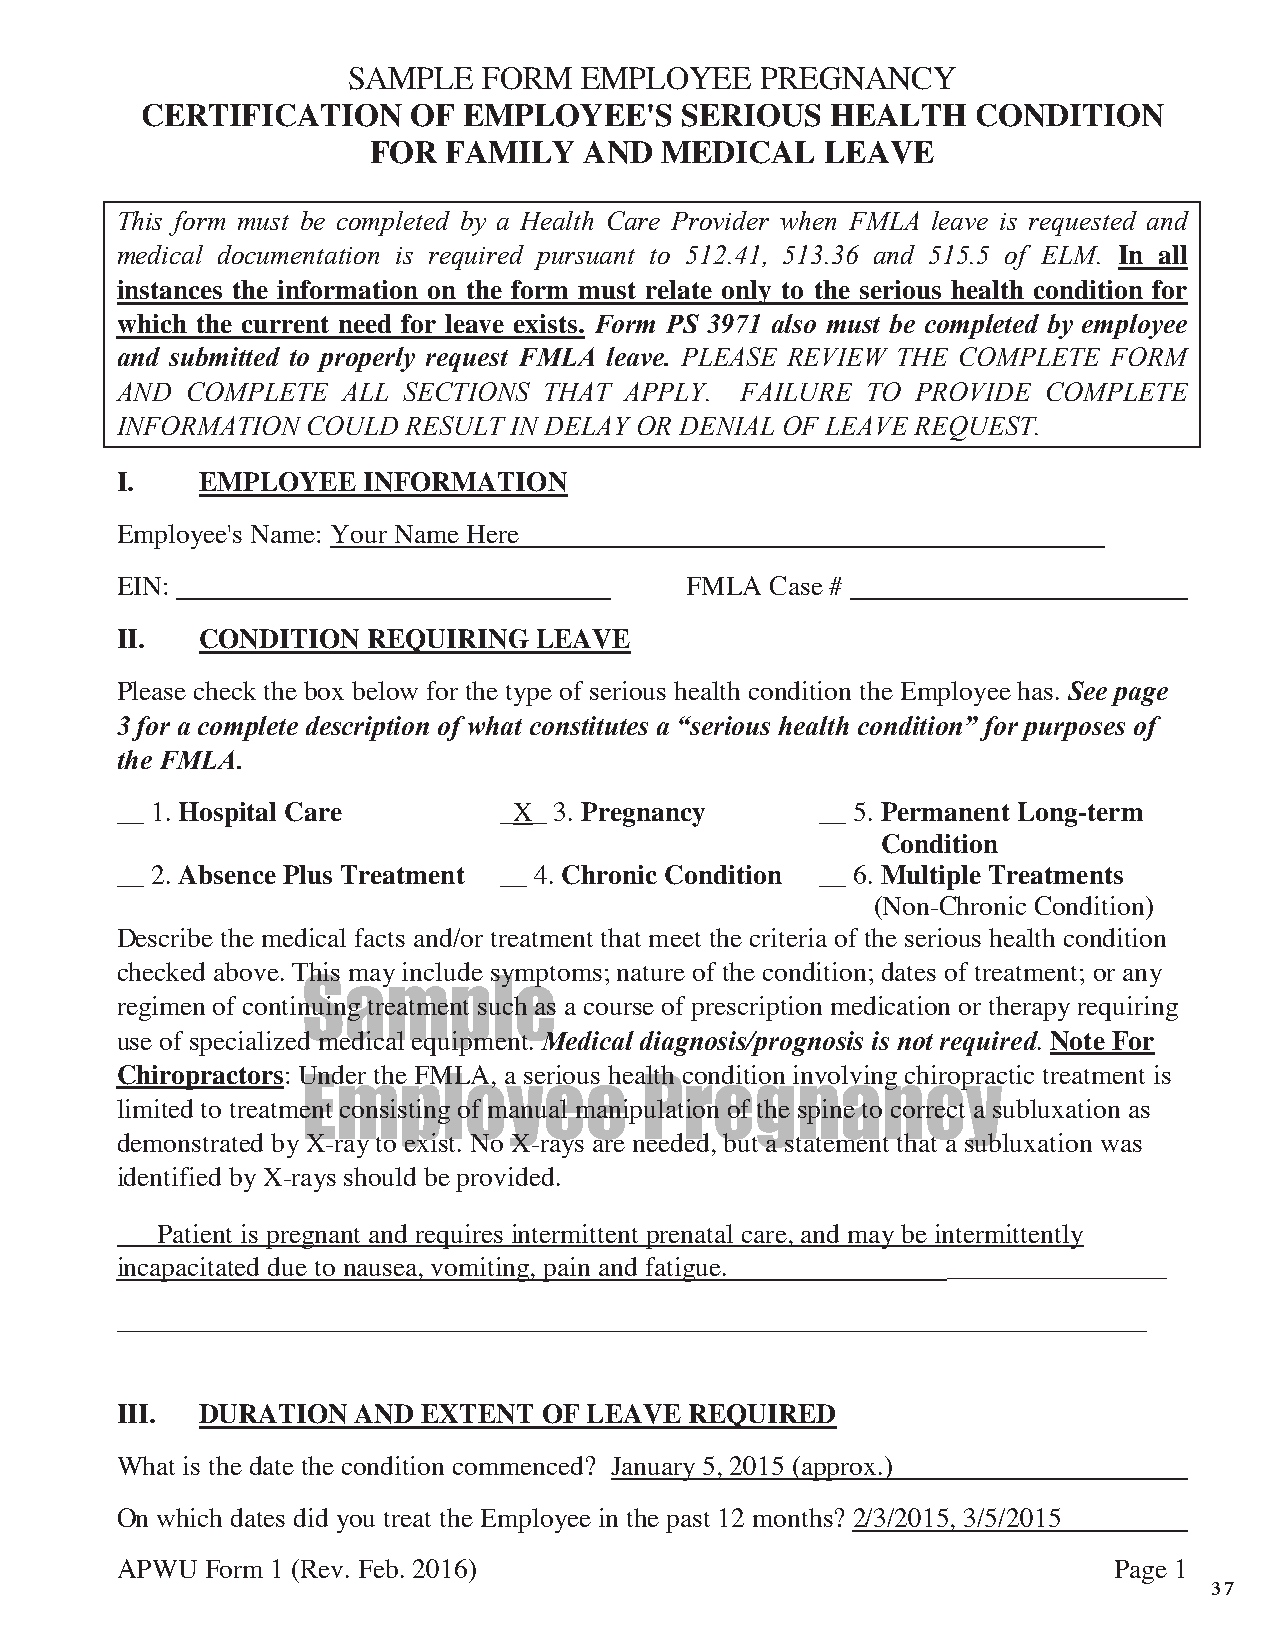
SAMPLE   FORM  EMPLOYEE    PREGNANCY
 CERTIFICATION     OF  EMPLOYEE'S    SERIOUS   HEALTH    CONDITION
 FOR  FAMILY   AND  MEDICAL    LEAVE
 This form must be completed by a Health Care Provider when FMLA leave is requested and
 medical documentation is required pursuant to 512.41, 513.36 and 515.5 of ELM. In all
 instances the information on the form must relate only to the serious health condition for
 which the current need for leave exists. Form PS 3971 also must be completed by employee
 and submitted to properly request FMLA leave. PLEASE REVIEW THE COMPLETE FORM
 AND COMPLETE   ALL SECTIONS THAT APPLY.  FAILURE TO  PROVIDE COMPLETE
 INFORMATION COULD  RESULT IN DELAY OR DENIAL OF LEAVE REQUEST.
 I.   EMPLOYEE   INFORMATION
 Employee's Name: Your Name Here
 EIN:                                 FMLA  Case #
 II.  CONDITION  REQUIRING  LEAVE
 Please check the box below for the type of serious health condition the Employee has. See page
 3 for a complete description of what constitutes a “serious health condition” for purposes of
 the FMLA.
 __ 1. Hospital Care      _X_ 3. Pregnancy     __ 5. Permanent Long-term
 Condition
 __ 2. Absence Plus Treatment __ 4. Chronic Condition __ 6. Multiple Treatments
 (Non-Chronic Condition)
 Describe the medical facts and/or treatment that meet the criteria of the serious health condition
 checked above. This may include symptoms; nature of the condition; dates of treatment; or any
 Sample
 regimen of continuing treatment such as a course of prescription medication or therapy requiring
 use of specialized medical equipment. Medical diagnosis/prognosis is not required. Note For
 Chiropractors: Under the FMLA, a serious health condition involving chiropractic treatment is
 Employee               Pregnancy
 limited to treatment consisting of manual manipulation of the spine to correct a subluxation as
 demonstrated by X-ray to exist. No X-rays are needed, but a statement that a subluxation was
 identified by X-rays should be provided.
 ___Patient is pregnant and requires intermittent prenatal care, and may be intermittently
 incapacitated due to nausea, vomiting, pain and fatigue. ________________
 ___________________________________________________________________________
 III. DURATION   AND EXTENT  OF LEAVE  REQUIRED
 What is the date the condition commenced? January 5, 2015 (approx.)
 On which dates did you treat the Employee in the past 12 months? 2/3/2015, 3/5/2015
 APWU  Form 1 (Rev. Feb. 2016)                                     Page 1
 37